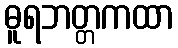
ဓူရဘတ္တကထာ